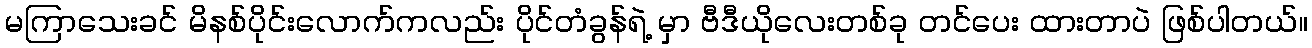
မကြာသေးခင် မိနစ်ပိုင်းလောက်ကလည်း ပိုင်တံခွန်ရဲ့ မှာ ဗီဒီယိုလေးတစ်ခု တင်ပေး ထားတာပဲ ဖြစ်ပါတယ်။